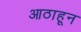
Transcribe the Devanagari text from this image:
आठाहून